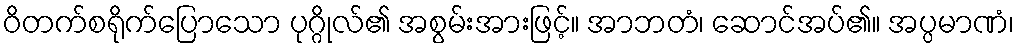
ဝိတက်စရိုက်ပြောသော ပုဂ္ဂိုလ်၏ အစွမ်းအားဖြင့်။ အာဘတံ၊ ဆောင်အပ်၏။ အပ္ပမာဏံ၊